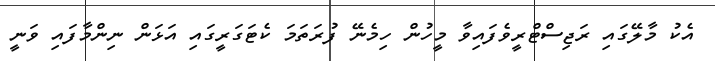
އެކު މާލޭގައި ރަޖިސްޓްރީވެފައިވާ މީހުން ހިމެނޭ ފުރަތަމަ ކެޓަގަރީގައި އަޅަން ނިންމާފައި ވަނީ